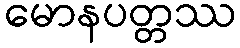
မောနပတ္တဿ